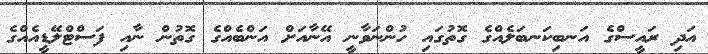
އަދި ރައީސްގެ އަނބިކަނބަލެއްގެ ގޮތުގައި ހުންނަވާނީ އޭނާއަށް އަންބެއްގެ ގޮތުން ނާއި ފަސްޓްލޭޑީއެއްގެ